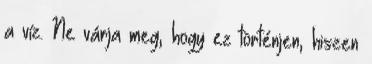
a víz. Ne várja meg, hogy ez történjen, hiszen